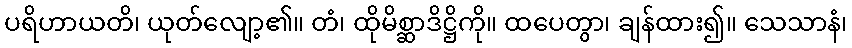
ပရိဟာယတိ၊ ယုတ်လျော့၏။ တံ၊ ထိုမိစ္ဆာဒိဋ္ဌိကို။ ထပေတွာ၊ ချန်ထား၍။ သေသာနံ၊